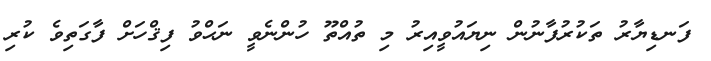
ފަނޑިޔާރު ތަކުރުފާނުން ނިޔައުވީއިރު މި ތުއްތޫ ހުންނެވީ ނަޙްވު ފިޤްހަށް ފާގަތިވެ ކުރި